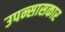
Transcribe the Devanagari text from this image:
उपन्सासकार